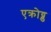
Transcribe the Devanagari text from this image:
एक्रोय्ड